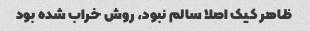
ظاهر کیک اصلا سالم نبود، روش خراب شده بود